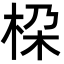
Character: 桗